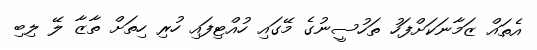
އެތައް ޒަމާނަކަށްފަހު ތަހުސީނުގެ މޭގައި ހުއްޓިފައި ހުރި ހިތަށް ތާޒާ ލޭ ލިބި